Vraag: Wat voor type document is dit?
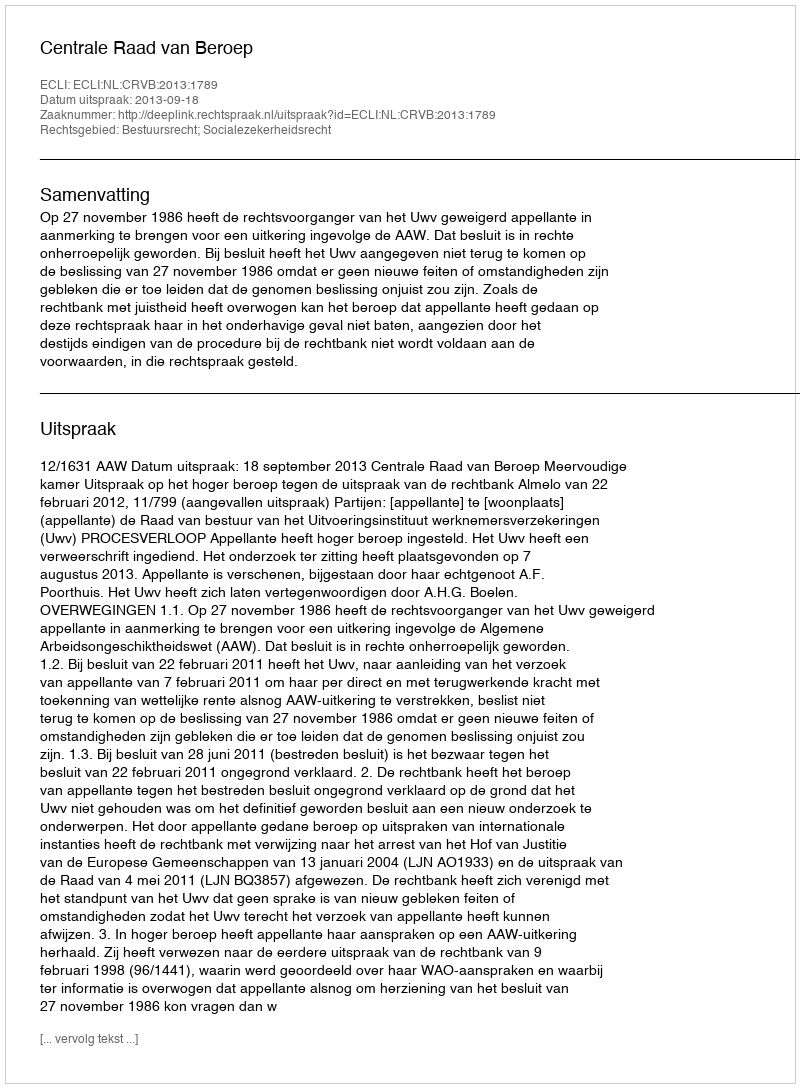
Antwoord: Uitspraak